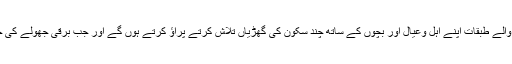
تصور کیجئے کہ جب ’لیڈی گارڈن‘ متوسط و غریب آمدنی رکھنے والے طبقات اپنے اہل وعیال اور بچوں کے ساتھ چند سکون کی گھڑیاں تلاش کرتے پراؤ کرتے ہوں گے اور جب برقی جھولے کی جانب متوجہ بچوں کی ضد کے آگے خود کو بے بس پاتے ہوں گے۔